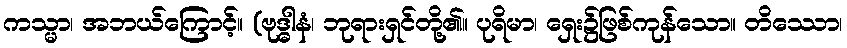
ကသ္မာ၊ အဘယ်ကြောင့်။ (ဗုဒ္ဓါနံ၊ ဘုရားရှင်တို့၏။ ပုရိမာ၊ ရှေး၌ဖြစ်ကုန်သော။ တိဿော၊